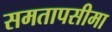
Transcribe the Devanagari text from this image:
समतापसीमा